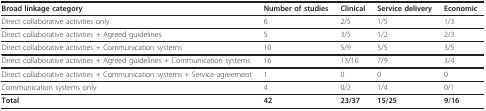
| Broad linkage category | Number of studies | Clinical | Service delivery | Economic |
 | --- | --- | --- | --- | --- |
 | Direct collaborative activities only | 6 | 2/5 | 1/5 | 1/3 |
 | Direct collaborative activities + Agreed guidelines | 5 | 3/5 | 1/2 | 2/3 |
 | Direct collaborative activities + Communication systems | 10 | 5/9 | 5/5 | 3/5 |
 | Direct collaborative activities + Agreed guidelines + Communication systems | 16 | 13/16 | 7/9 | 3/4 |
 | Direct collaborative activities + Communication systems + Service agreement | 1 | 0 | 0 | 0 |
 | Communication systems only | 4 | 0/2 | 1/4 | 0/1 |
 | Total | 42 | 23/37 | 15/25 | 9/16 |